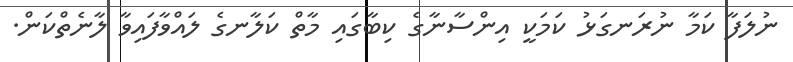
ނުލަފާ ކަމާ ނުރަނގަޅު ކަމަކީ އިންސާނާގެ ކިބާގައި މާތް ކަލާނގެ ލައްވާފައިވާ ލާނެތްކަން.